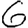
Digit: 6